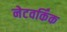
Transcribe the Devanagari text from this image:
नेटवर्किंक